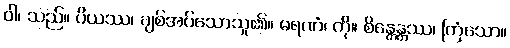
ဝါ၊ သည်။ ပိယဿ၊ ချစ်အပ်သောသူ၏။ မရဏံ၊ ကို။ စိန္တေန္တဿ၊ ကြံသော။